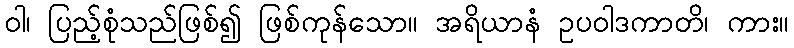
ဝါ၊ ပြည့်စုံသည်ဖြစ်၍ ဖြစ်ကုန်သော။ အရိယာနံ ဥပဝါဒကာတိ၊ ကား။